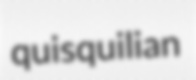
quisquilian